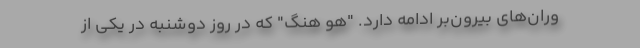
وران‌های بیرون‌بر ادامه دارد. "هو هنگ" که در روز دوشنبه در یکی از